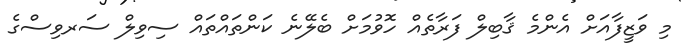
މި ވަޒީފާއަށް އެންމެ ޤާބިލް ފަރާތެއް ހޮވުމަށް ބެލޭނެ ކަންތައްތައް ސިވިލް ސަރވިސްގެ